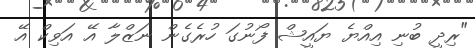
"ރިދީ ބުނި އިއްޔެ ޔައީޝް ފޯނުގަ ހުރެގެން ނަޒްލާ އޭ އަވިކް އޭ